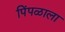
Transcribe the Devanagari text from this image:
पिंपळाला